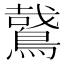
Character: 𪃘